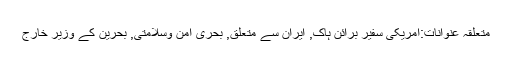
متعلقہ عنوانات‬:امریکی سفیر برائن ہاک, ایران سے متعلق, بحری امن وسلامتی, بحرین کے وزیر خارج